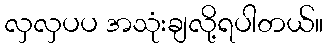
လှလှပပ အသုံးချလို့ရပါတယ်။